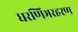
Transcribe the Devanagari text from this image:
धरणिभरहरण